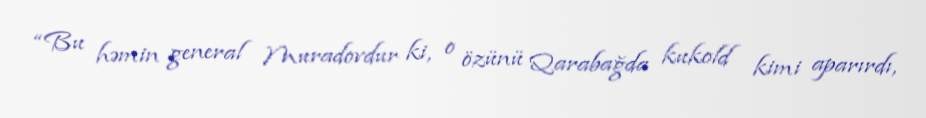
“Bu həmin general Muradovdur ki, o özünü Qarabağda kukold kimi aparırdı,